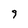
Character: 9